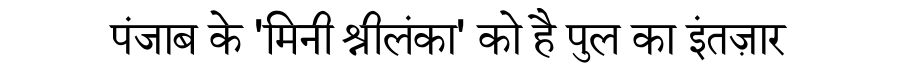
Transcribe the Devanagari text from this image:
पंजाब के 'मिनी श्रीलंका' को है पुल का इंतज़ार